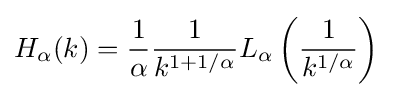
H_{\alpha }(k)={\frac {1}{\alpha }}{\frac {1}{k^{1+1/\alpha }}}L_{\alpha }\left({\frac {1}{k^{1/\alpha }}}\right)